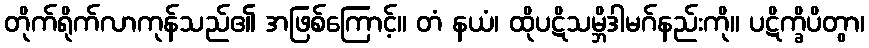
တိုက်ရိုက်လာကုန်သည်၏ အဖြစ်ကြောင့်။ တံ နယံ၊ ထိုပဋိသမ္ဘိဒါမဂ်နည်းကို။ ပဋိက္ခိပိတွာ၊